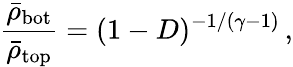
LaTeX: \frac{\bar{\rho}_{\mathrm{bot}}}{\bar{\rho}_{\mathrm{top}}}=(1-D)^{-1/(\gamma-1)}\, ,